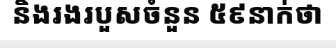
និងរងរបួសចំនួន ៥៩នាក់ថា